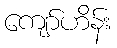
ကျော်ဟိန်း